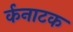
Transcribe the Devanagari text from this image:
र्कनाटक